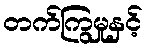
တက်ကြွမှုနှင့်